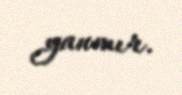
yanmır.